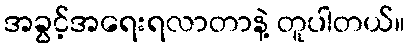
အခွင့်အရေးရလာတာနဲ့ တူပါတယ်။